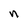
Character: n